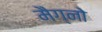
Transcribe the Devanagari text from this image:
मैग्नो